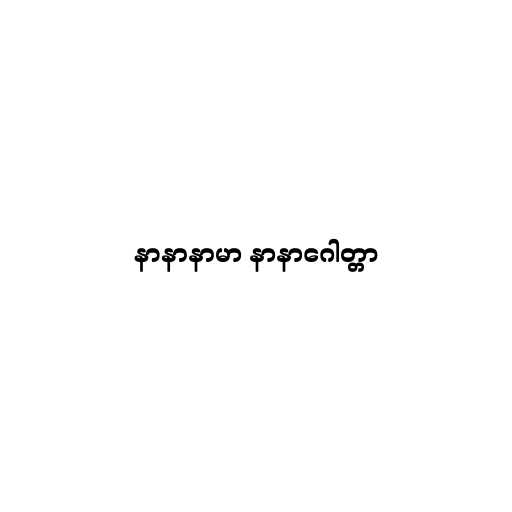
နာနာနာမာ နာနာဂေါတ္တာ